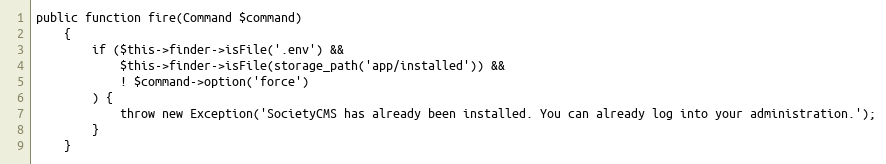
Language: PHP
public function fire(Command $command)
    {
        if ($this->finder->isFile('.env') &&
            $this->finder->isFile(storage_path('app/installed')) &&
            ! $command->option('force')
        ) {
            throw new Exception('SocietyCMS has already been installed. You can already log into your administration.');
        }
    }